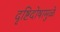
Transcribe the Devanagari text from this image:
दृष्टिदोषामुळे